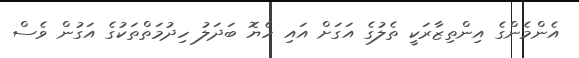
އެންމެންގެ އިންތިޒާރަކީ ތެލުގެ އަގަށް އައި ހެޔޮ ބަދަލު ހިދުމަތްތަކުގެ އަގުން ވެސް